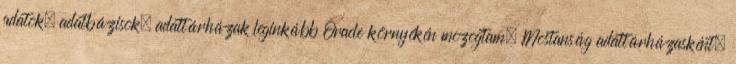
adatok, adatbázisok, adattárházak leginkább Oracle környékén mozogtam. Mostanság adattárházasként,